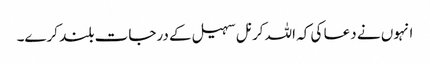
انہوں نے دعا کی کہ اللہ کرنل سہیل کے درجات بلند کرے۔